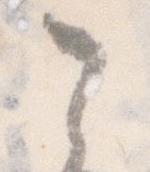
之